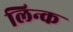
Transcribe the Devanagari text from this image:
लिन्क